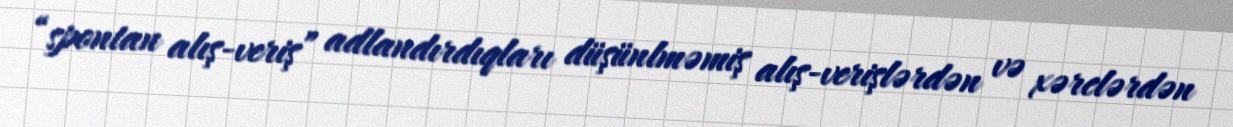
“spontan alış-veriş” adlandırdıqları düşünlməmiş alış-verişlərdən və xərclərdən